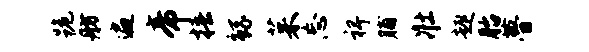
跪舫遍帝椿鲧茱忘裨脯壮趣胎瞢